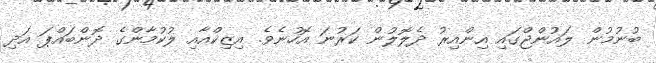
ބުނުމުން ލައުންޖްގައި އިންއިރު ދެލޮލުން ކަރުނަ އޮހުނެވެ. އިޒިކްއާއި ލުކުމާންގެ ދޮންބައްޕަ އަދި